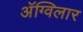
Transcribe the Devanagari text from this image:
अॅग्विलार